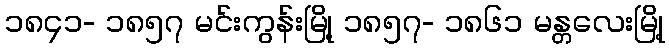
၁၈၄၁- ၁၈၅၇ မင်းကွန်းမြို့ ၁၈၅၇- ၁၈၆၁ မန္တလေးမြို့